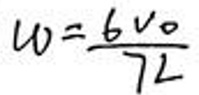
$w = \frac{6 v _ { 0 }}{7 l}$